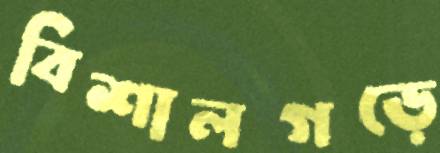
বিশালগড়ে